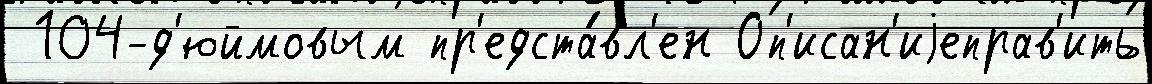
 104-д'юймовым пр'едста́вл'ен Оп'исан'иjеправ'ить